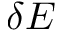
\delta E